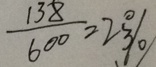
\frac { 1 3 8 } { 6 0 0 } = 2 3 \%